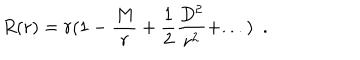
R ( r ) = r ( 1 - { \frac { M } { r } } + \frac { 1 } { 2 } { \frac { D ^ { 2 } } { r ^ { 2 } } } + . . . ) ~ ~ .